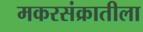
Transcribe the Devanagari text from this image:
मकरसंक्रातीला